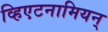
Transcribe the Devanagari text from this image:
व्हिएटनामियन्